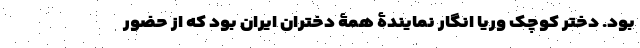
بود. دختر کوچک وریا انگار نمایندۀ همۀ دختران ایران بود که از حضور